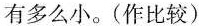
有多么小。(作比较)